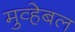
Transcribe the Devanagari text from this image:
मुव्हेबल